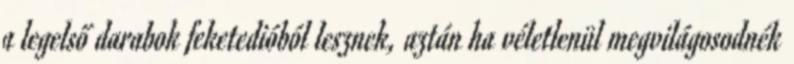
a legelső darabok feketedióból lesznek, aztán ha véletlenül megvilágosodnék